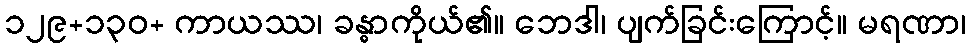
၁၂၉+၁၃၀+ ကာယဿ၊ ခန္ဓာကိုယ်၏။ ဘေဒါ၊ ပျက်ခြင်းကြောင့်။ မရဏာ၊